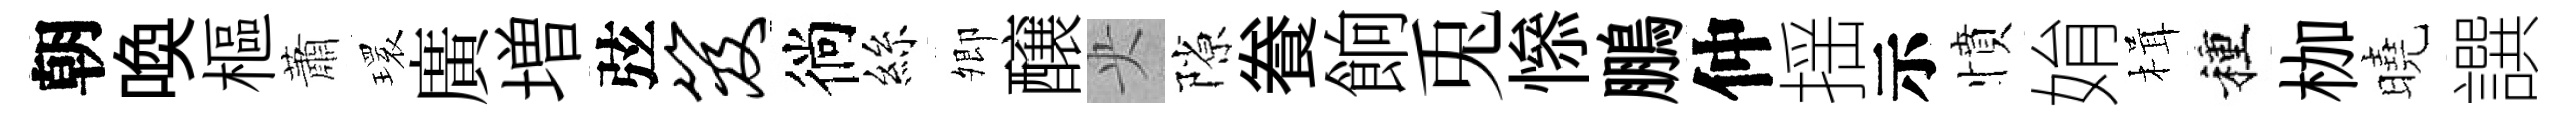
朝喚樞蕭𤨔廣増弦笈徜絲𡖖醸央隙飬餉兎𢡖鵬仲揺示憤姢楫種枷曉譔